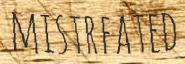
MISTREATED